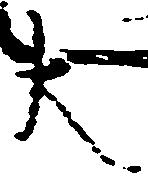
大